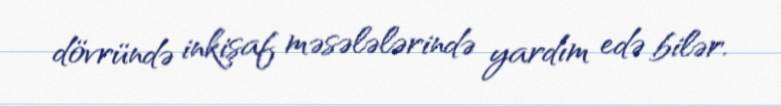
dövründə inkişaf məsələlərində yardım edə bilər.